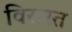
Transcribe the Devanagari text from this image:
विरास्त